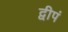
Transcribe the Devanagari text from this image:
द्वीपं